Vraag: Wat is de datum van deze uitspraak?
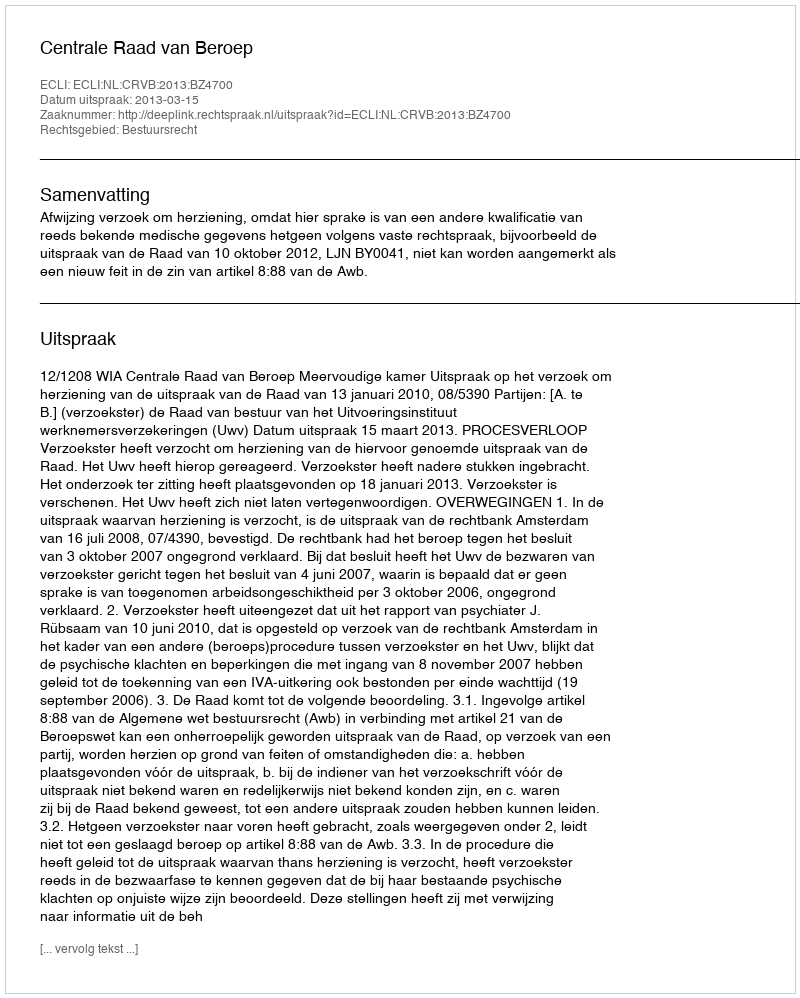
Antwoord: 2013-03-15